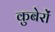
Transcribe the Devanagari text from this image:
कुबेरों